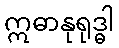
ဣဓာနုရုဒ္ဓါ